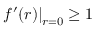
\left. f ^ { \prime } ( r ) \right| _ { r = 0 } \geq 1